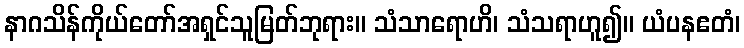
နာဂသိန်ကိုယ်တော်အရှင်သူမြတ်ဘုရား။ သံသာရောဟိ၊ သံသရာဟူ၍။ ယံပနဧတံ၊